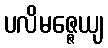
ပလိမဇ္ဇေယျ